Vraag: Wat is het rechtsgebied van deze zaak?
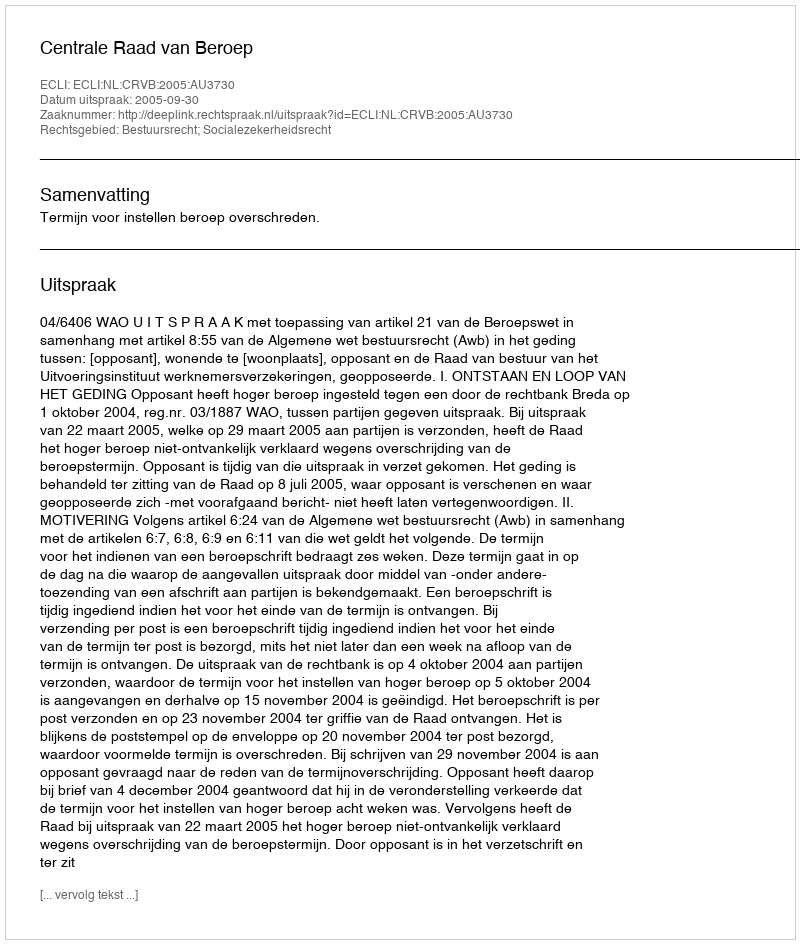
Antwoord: Bestuursrecht; Socialezekerheidsrecht